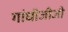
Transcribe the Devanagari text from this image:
गांधीजीजी